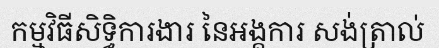
កម្មវិធីសិទ្ធិការងារ នៃអង្គការ សង់ត្រាល់